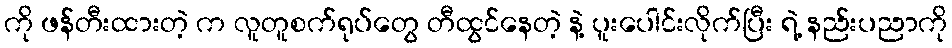
ကို ဖန်တီးထားတဲ့ က လူတူစက်ရုပ်တွေ တီထွင်နေတဲ့ နဲ့ ပူးပေါင်းလိုက်ပြီး ရဲ့ နည်းပညာကို